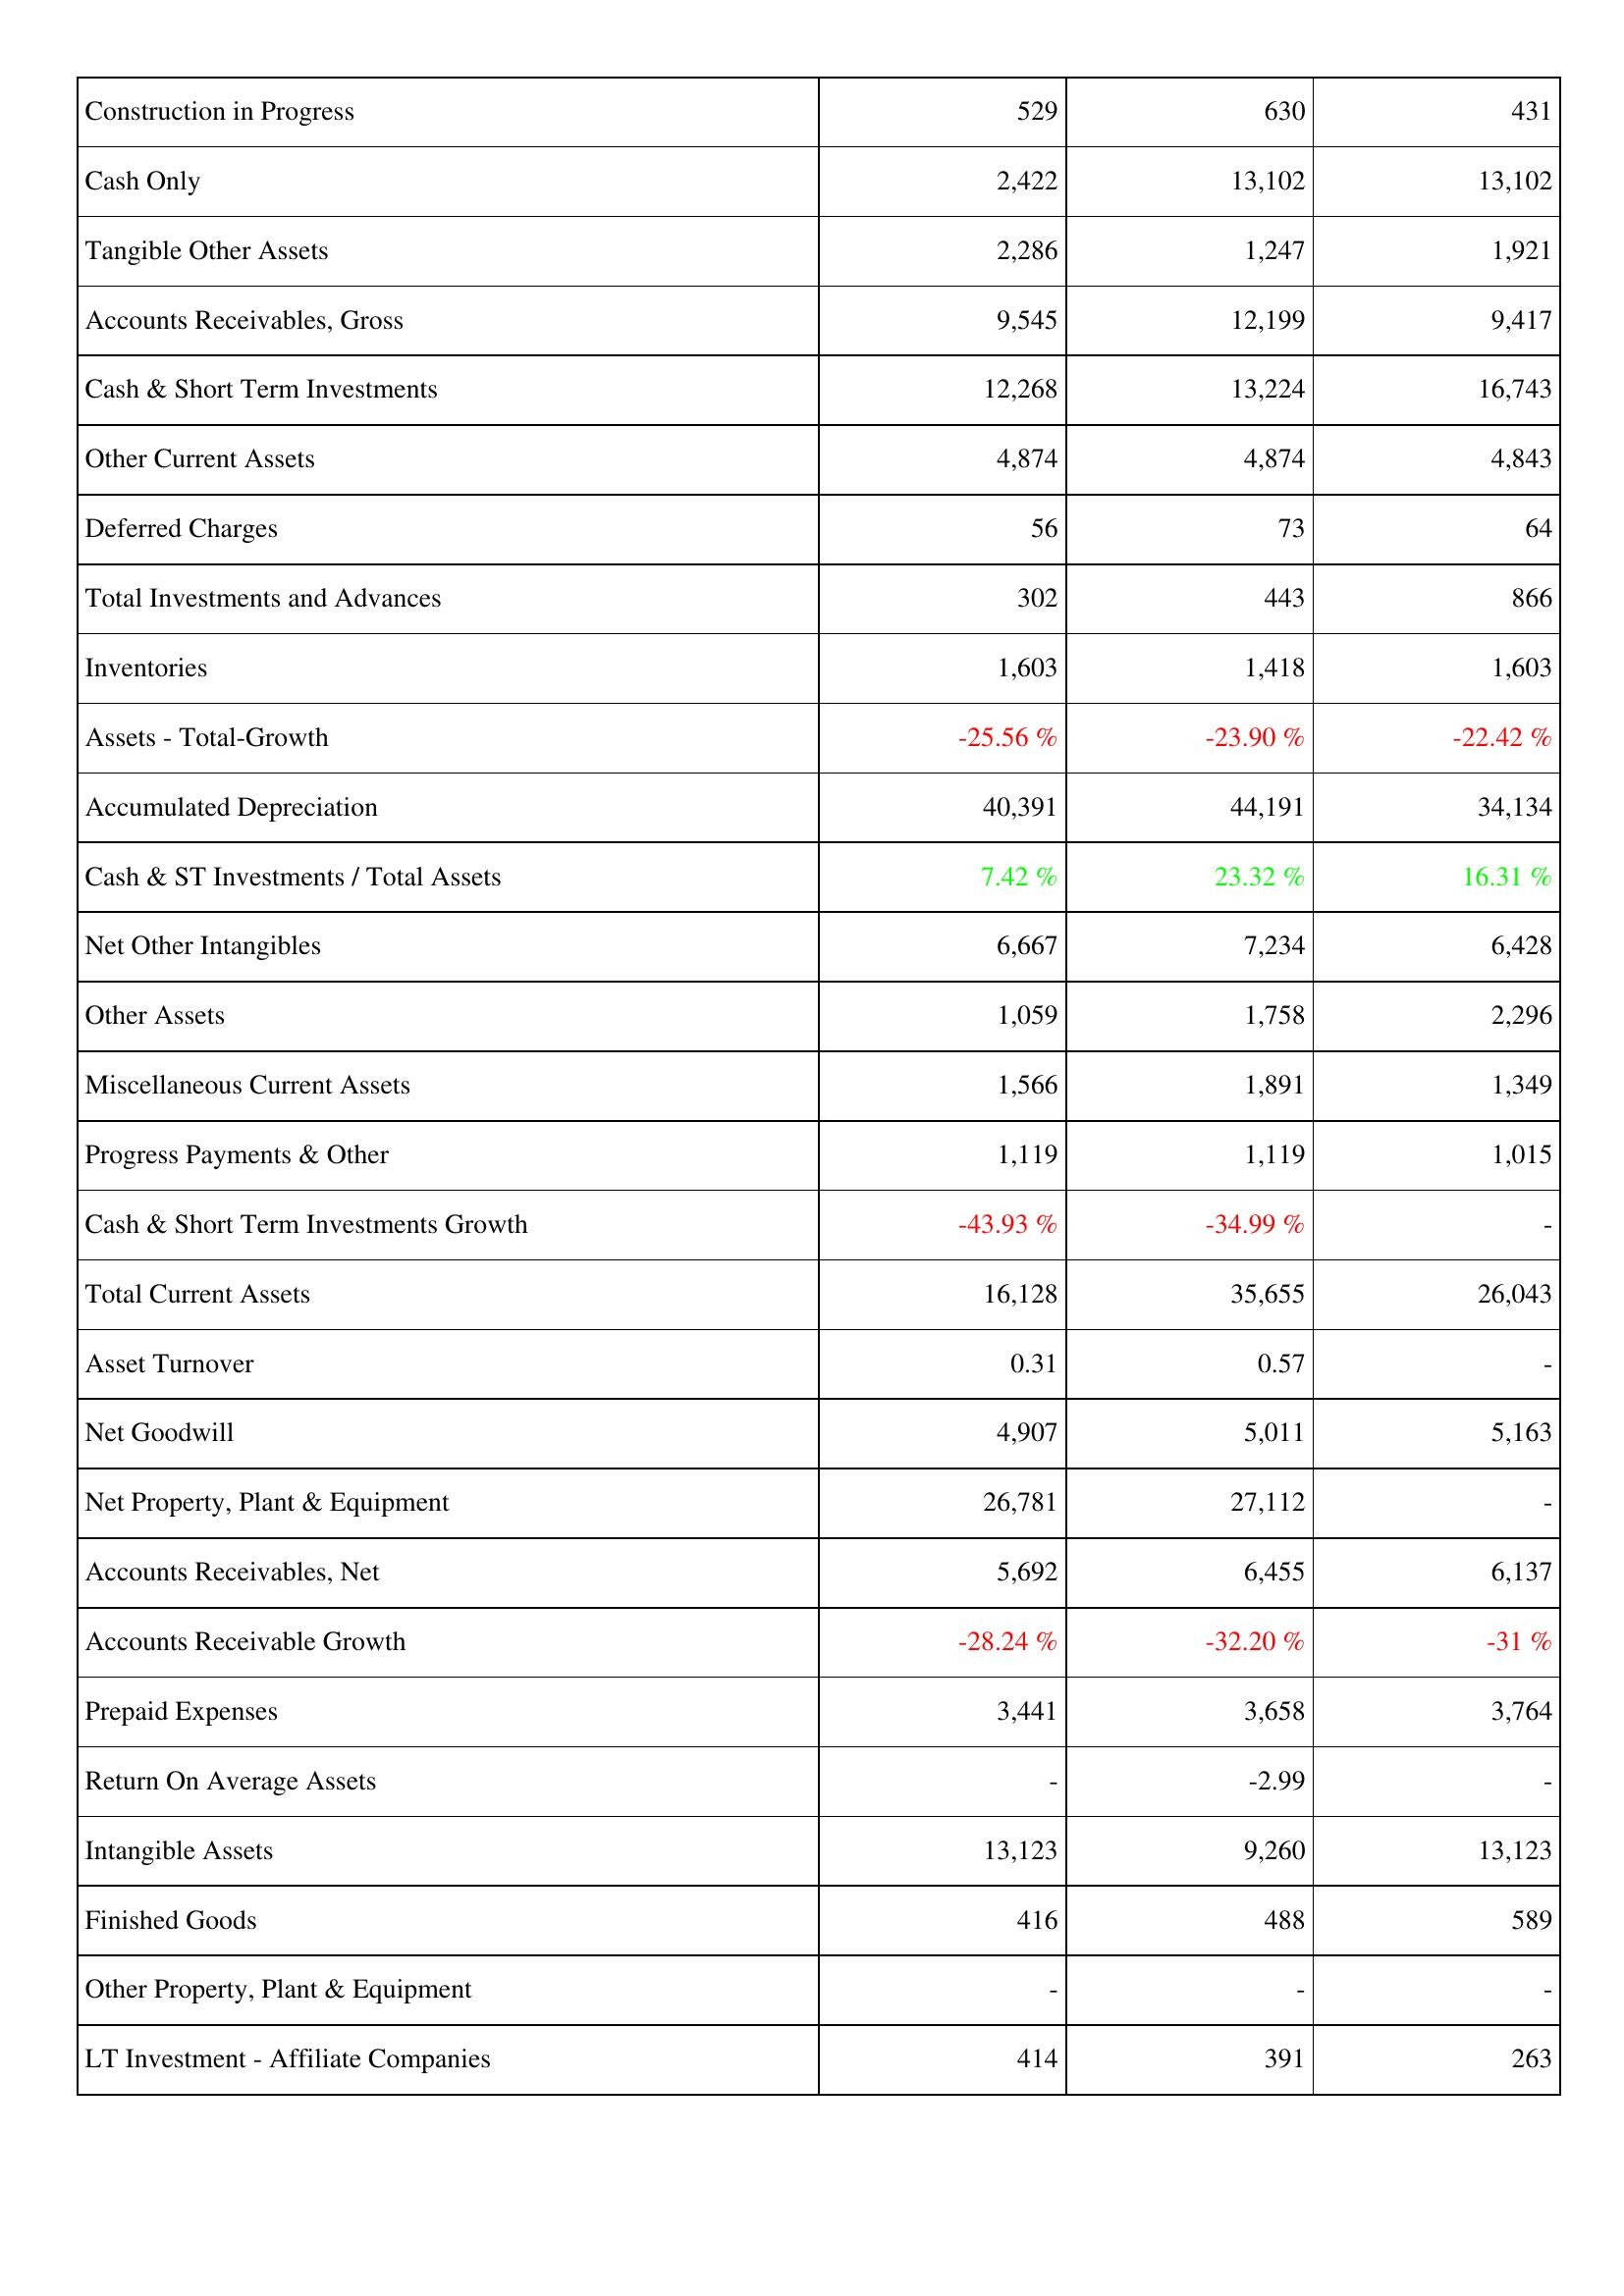
2016: Assets: Construction in Progress: 529
Cash Only: 2,422
Tangible Other Assets: 2,286
Accounts Receivables, Gross: 9,545
Cash & Short Term Investments: 12,268
Other Current Assets: 4,874
Deferred Charges: 56
Total Investments and Advances: 302
Inventories: 1,603
Assets - Total-Growth: -25.56 %
Accumulated Depreciation: 40,391
Cash & ST Investments / Total Assets: 7.42 %
Net Other Intangibles: 6,667
Other Assets: 1,059
Miscellaneous Current Assets: 1,566
Progress Payments & Other: 1,119
Cash & Short Term Investments Growth: -43.93 %
Total Current Assets: 16,128
Asset Turnover: 0.31
Net Goodwill: 4,907
Net Property, Plant & Equipment: 26,781
Accounts Receivables, Net: 5,692
Accounts Receivable Growth: -28.24 %
Prepaid Expenses: 3,441
Return On Average Assets: -
Intangible Assets: 13,123
Finished Goods: 416
Other Property, Plant & Equipment: -
LT Investment - Affiliate Companies: 414
2017: Assets: Construction in Progress: 630
Cash Only: 13,102
Tangible Other Assets: 1,247
Accounts Receivables, Gross: 12,199
Cash & Short Term Investments: 13,224
Other Current Assets: 4,874
Deferred Charges: 73
Total Investments and Advances: 443
Inventories: 1,418
Assets - Total-Growth: -23.90 %
Accumulated Depreciation: 44,191
Cash & ST Investments / Total Assets: 23.32 %
Net Other Intangibles: 7,234
Other Assets: 1,758
Miscellaneous Current Assets: 1,891
Progress Payments & Other: 1,119
Cash & Short Term Investments Growth: -34.99 %
Total Current Assets: 35,655
Asset Turnover: 0.57
Net Goodwill: 5,011
Net Property, Plant & Equipment: 27,112
Accounts Receivables, Net: 6,455
Accounts Receivable Growth: -32.20 %
Prepaid Expenses: 3,658
Return On Average Assets: -2.99
Intangible Assets: 9,260
Finished Goods: 488
Other Property, Plant & Equipment: -
LT Investment - Affiliate Companies: 391
2018: Assets: Construction in Progress: 431
Cash Only: 13,102
Tangible Other Assets: 1,921
Accounts Receivables, Gross: 9,417
Cash & Short Term Investments: 16,743
Other Current Assets: 4,843
Deferred Charges: 64
Total Investments and Advances: 866
Inventories: 1,603
Assets - Total-Growth: -22.42 %
Accumulated Depreciation: 34,134
Cash & ST Investments / Total Assets: 16.31 %
Net Other Intangibles: 6,428
Other Assets: 2,296
Miscellaneous Current Assets: 1,349
Progress Payments & Other: 1,015
Cash & Short Term Investments Growth: -
Total Current Assets: 26,043
Asset Turnover: -
Net Goodwill: 5,163
Net Property, Plant & Equipment: -
Accounts Receivables, Net: 6,137
Accounts Receivable Growth: -31 %
Prepaid Expenses: 3,764
Return On Average Assets: -
Intangible Assets: 13,123
Finished Goods: 589
Other Property, Plant & Equipment: -
LT Investment - Affiliate Companies: 263